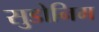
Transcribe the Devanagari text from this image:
सुडोनिम